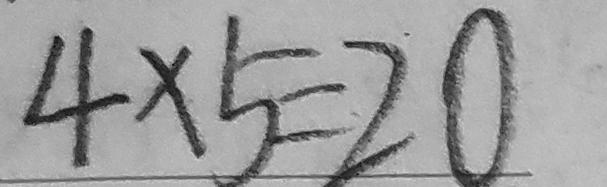
4 \times 5 = 2 0